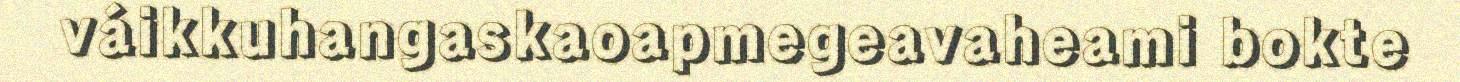
váikkuhangaskaoapmegeavaheami bokte